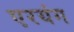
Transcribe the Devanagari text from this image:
एरयंग